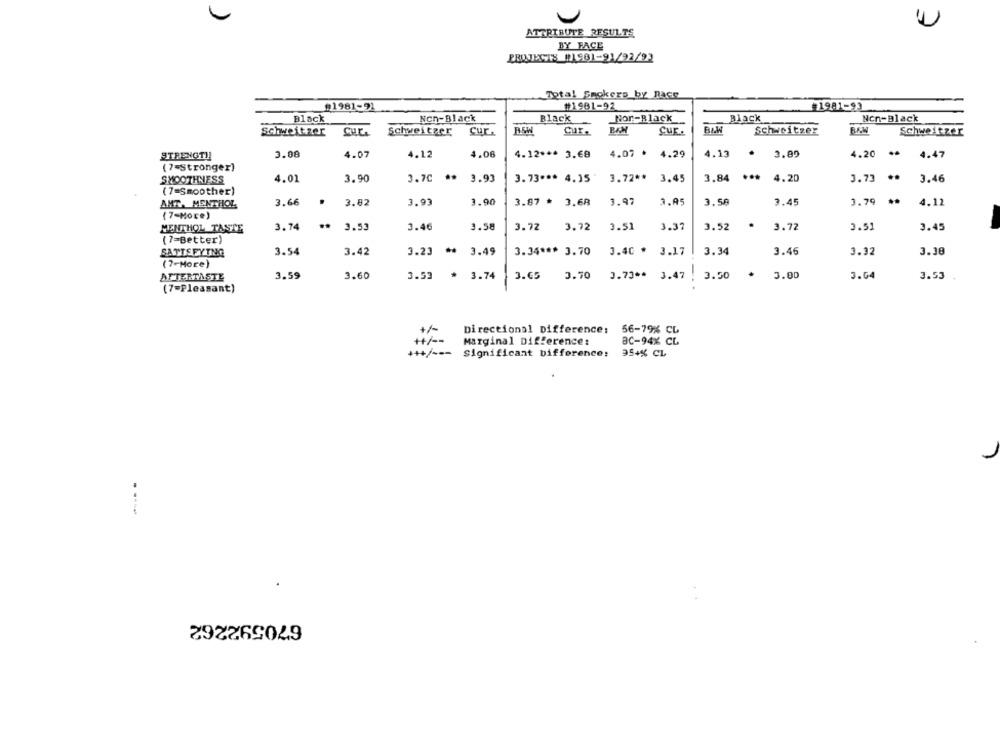
ATTRIBUTE RESULTS
BY FACE
PRINTECTS #1981-91/92/93
Total Smokers_by Race
#1981-91
#1981-92
#1981-93
Black
Non-Black
Black
Nor-Black
Black
Nen-Black
Schweitzer
Schweitzer
Cur.
Cur.
Cur.
BAW
schweitzer
BAN
Schweitzer
STRENGT !!
3.08
4.07
4.12
4.06
4.12 *** 3.€8
4.07 * 4.29
4.13
3.89
4.20 ** 4.47
(7-Stronger)
SMOOTHNESS
4.01
3.90
3.70 ** 3.93
3.73 *** 4.15"
3.72 ** 3.45
3.84 *** 4.20
3.73 **
3.46
(7=Smoother)
3.66
.
3.82
3.93
3.90
3.87 * 3.68
1.97
3.05
3.58
3.45
1.79
4.12
AMT. MENTHOL
(7-More)
..
3.53
3.46
3.58
3.72
3.72
3.51
3.37
3.52
3.72
3.51
MENTHOL TASTE
3.74
3.45
(7=Better)
SATTEFYTNG
3.54
3.42
3.23 ** 3.49
3.34 *** 3.70
3.40 * 3.17
3.34
3.46
3.32
3.38
(7-More)
AFTERTASTE
3.59
3.60
3.53
* 3.74
3.65
3.70
0.73 ** 3.47
3.50
3.00
3.04
3.53
(7-Pleasant)
Directional Difference:
56-79% CL
++/ --
Marginal Difference:
ac-94% CL
+++/ --- Significant Difference;
954% CL
670592262